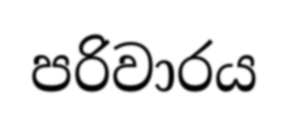
පරිවාරය